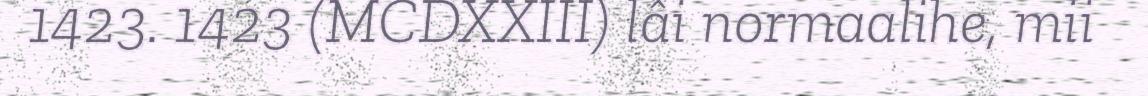
1423. 1423 (MCDXXIII) lâi normaalihe, mii